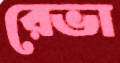
রেভা